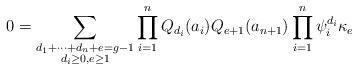
LaTeX: \begin{align*}0=\sum_{\substack{d_1+\cdots+d_n+e=g-1\\d_i\geq 0, e\geq 1}}\prod_{i=1}^{n} Q_{d_i}(a_i) Q_{e+1}(a_{n+1}) \prod_{i=1}^{n} \psi_i^{d_i}\kappa_e\end{align*}